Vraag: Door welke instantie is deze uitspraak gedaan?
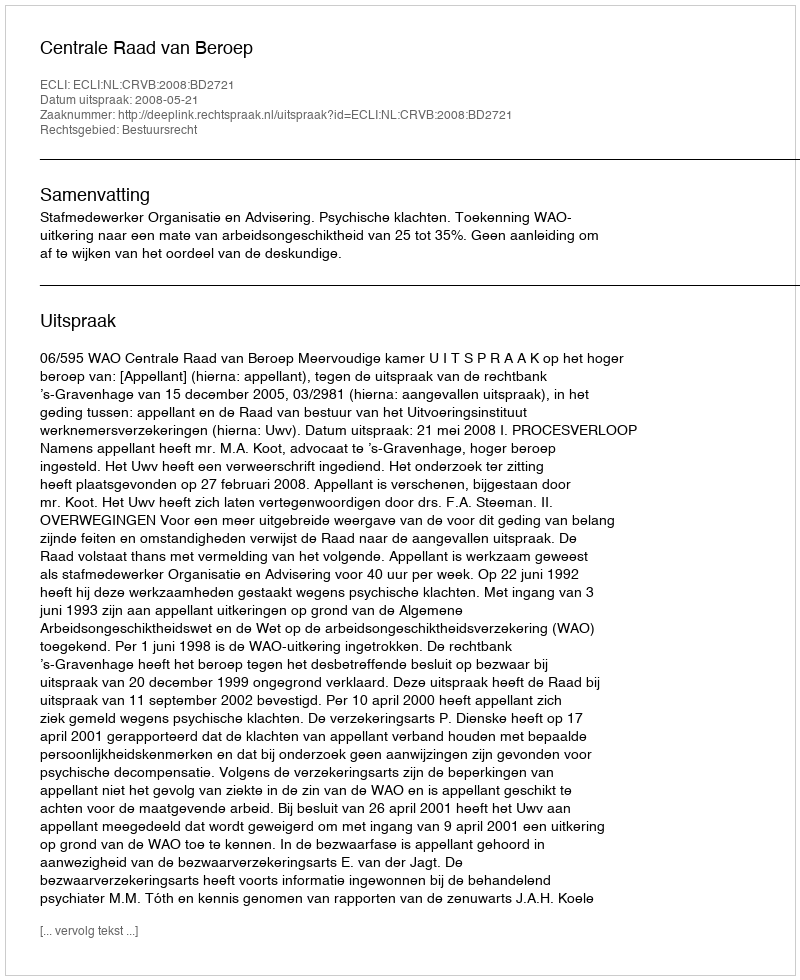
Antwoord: Centrale Raad van Beroep